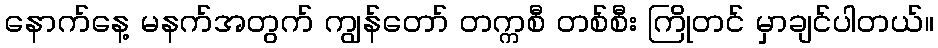
နောက်နေ့ မနက်အတွက် ကျွန်တော် တက္ကစီ တစ်စီး ကြိုတင် မှာချင်ပါတယ်။